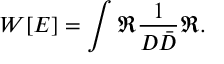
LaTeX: W [ E ] = \int \Re \frac { 1 } { D \bar { D } } \Re .